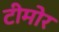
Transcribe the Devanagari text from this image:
टीमोर